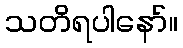
သတိရပါနော်။